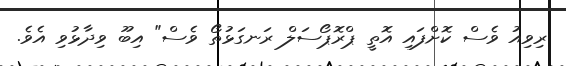
ރިވިއު ވެސް ކޮށްފައި އޮތީ ޕްރޮޕޯސަލް ރަނގަޅުތޯ ވެސް" އިބޫ ވިދާޅުވި އެވެ.